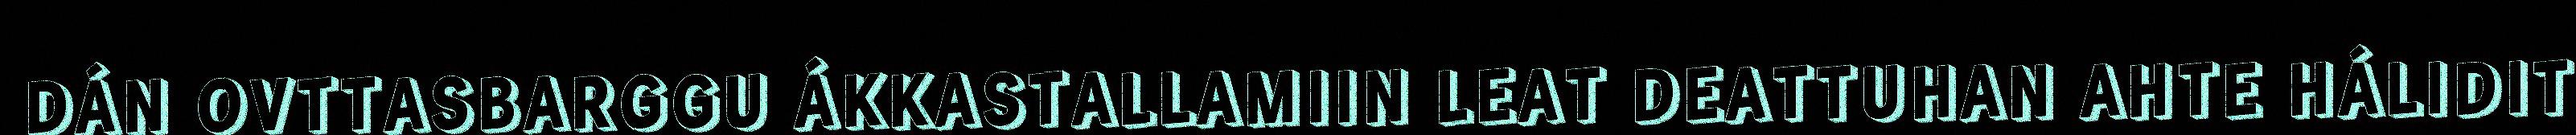
DÁN OVTTASBARGGU ÁKKASTALLAMIIN LEAT DEATTUHAN AHTE HÁLIDIT